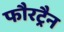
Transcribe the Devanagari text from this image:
फौरट्रैन